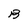
Character: B